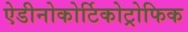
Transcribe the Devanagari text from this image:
ऐडीनोकोर्टिकोट्रोफिक